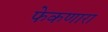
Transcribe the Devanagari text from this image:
फेकणारा